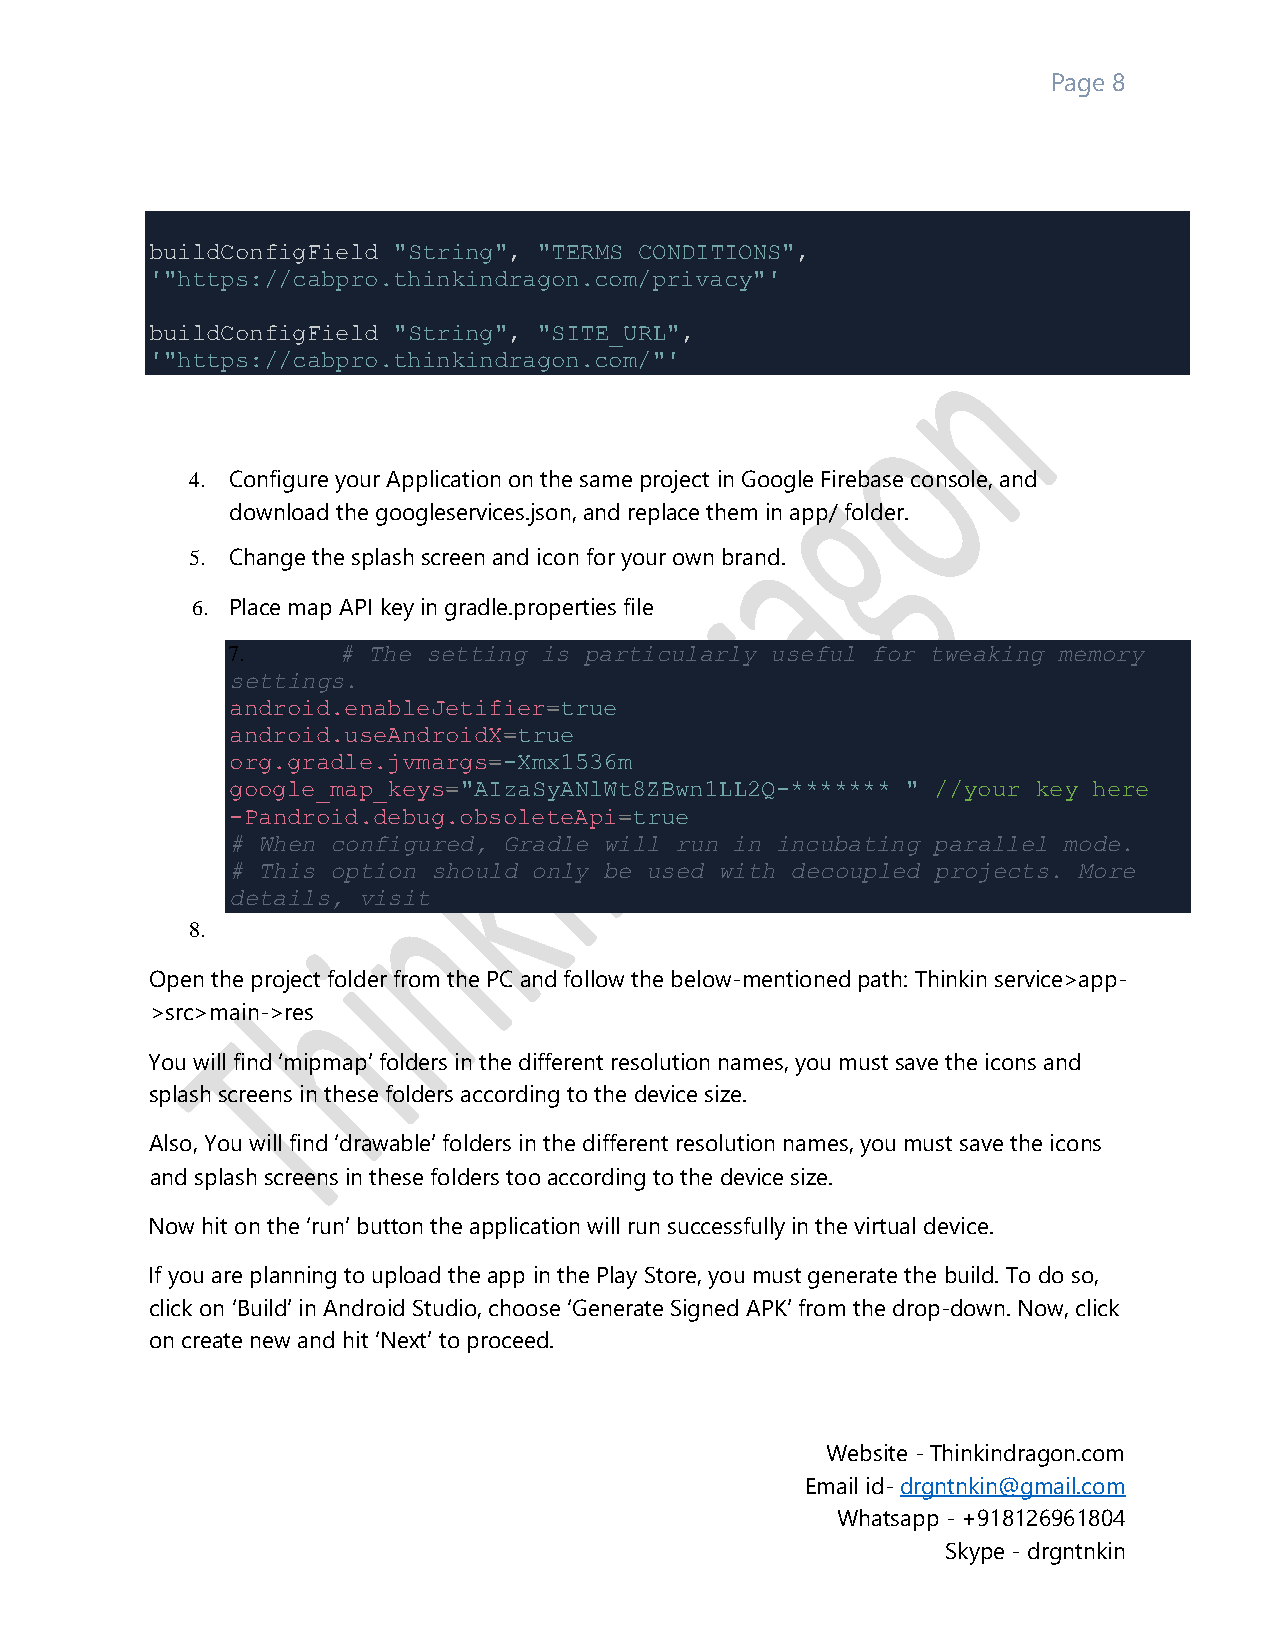
Page 8
 buildConfigField "String", "TERMS_CONDITIONS",
 '"https://cabpro.thinkindragon.com/privacy"'
 buildConfigField "String", "SITE_URL",
 '"https://cabpro.thinkindragon.com/"'
 4. Configure your Application on the same project in Google Firebase console, and
 download the googleservices.json, and replace them in app/ folder.
 5. Change the splash screen and icon for your own brand.
 6. Place map API key in gradle.properties file
 7.     # The setting is particularly useful for tweaking memory
 settings.
 android.enableJetifier=true
 android.useAndroidX=true
 org.gradle.jvmargs=-Xmx1536m
 google_map_keys="AIzaSyANlWt8ZBwn1LL2Q-******* " //your key here
 -Pandroid.debug.obsoleteApi=true
 # When configured, Gradle will run in incubating parallel mode.
 # This option should only be used with decoupled projects. More
 details, visit
 8.
 Open the project folder from the PC and follow the below-mentioned path: Thinkin service>app-
 >src>main->res
 You will find ‘mipmap’ folders in the different resolution names, you must save the icons and
 splash screens in these folders according to the device size.
 Also, You will find ‘drawable’ folders in the different resolution names, you must save the icons
 and splash screens in these folders too according to the device size.
 Now hit on the ‘run’ button the application will run successfully in the virtual device.
 If you are planning to upload the app in the Play Store, you must generate the build. To do so,
 click on ‘Build’ in Android Studio, choose ‘Generate Signed APK’ from the drop-down. Now, click
 on create new and hit ‘Next’ to proceed.
 Website - Thinkindragon.com
 Email id- drgntnkin@gmail.com
 Whatsapp - +918126961804
 Skype - drgntnkin